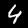
Digit: 4